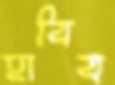
হাবিব